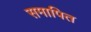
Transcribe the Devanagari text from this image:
समापित